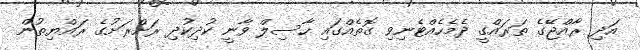
އަދި ރާއްޖޭގެ ތަރައްގީ ދެމެހެއްޓެނިވި ގޮތެއްގައި ހާސިލް ވާނީ ކުދިކުދި ރަށްރަށުގެ ރައްޔިތުން